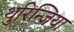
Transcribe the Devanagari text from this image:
थुरिन्जिया